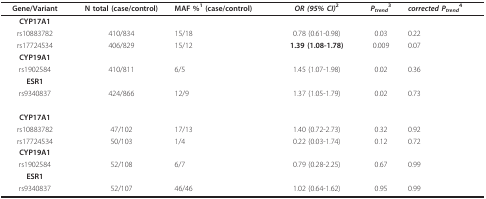
<table><thead><tr><td><b>Gene/Variant</b></td><td><b>N total (case/control)</b></td><td><b>MAF %<sup>1 </sup>(case/control)</b></td><td><b><i>OR (95% CI)</i><sup>2</sup></b></td><td><b><i>P</i><sub><i>trend</i></sub><sup>3</sup></b></td><td><b><i>corrected P</i><sub><i>trend</i></sub><sup>4</sup></b></td></tr></thead><tbody><tr><td><b>CYP17A1</b></td><td></td><td></td><td></td><td></td><td></td></tr><tr><td>rs10883782</td><td>410/834</td><td>15/18</td><td>0.78 (0.61-0.98)</td><td>0.03</td><td>0.22</td></tr><tr><td>rs17724534</td><td>406/829</td><td>15/12</td><td><b>1.39 (1.08-1.78)</b></td><td>0.009</td><td>0.07</td></tr><tr><td><b>CYP19A1</b></td><td></td><td></td><td></td><td></td><td></td></tr><tr><td>rs1902584</td><td>410/811</td><td>6/5</td><td>1.45 (1.07-1.98)</td><td>0.02</td><td>0.36</td></tr><tr><td><b>ESR1</b></td><td></td><td></td><td></td><td></td><td></td></tr><tr><td>rs9340837</td><td>424/866</td><td>12/9</td><td>1.37 (1.05-1.79)</td><td>0.02</td><td>0.73</td></tr><tr><td><b>CYP17A1</b></td><td></td><td></td><td></td><td></td><td></td></tr><tr><td>rs10883782</td><td>47/102</td><td>17/13</td><td>1.40 (0.72-2.73)</td><td>0.32</td><td>0.92</td></tr><tr><td>rs17724534</td><td>50/103</td><td>1/4</td><td>0.22 (0.03-1.74)</td><td>0.12</td><td>0.72</td></tr><tr><td><b>CYP19A1</b></td><td></td><td></td><td></td><td></td><td></td></tr><tr><td>rs1902584</td><td>52/108</td><td>6/7</td><td>0.79 (0.28-2.25)</td><td>0.67</td><td>0.99</td></tr><tr><td><b>ESR1</b></td><td></td><td></td><td></td><td></td><td></td></tr><tr><td>rs9340837</td><td>52/107</td><td>46/46</td><td>1.02 (0.64-1.62)</td><td>0.95</td><td>0.99</td></tr></tbody></table>